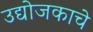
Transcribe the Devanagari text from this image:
उद्योजकाचे